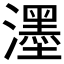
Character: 濹